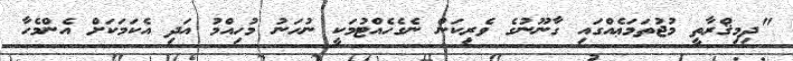
"ދިމިޤްރާތީ މުޖުތަމަޢެއްގައި ގާނޫނުގެ ވެރިކަން ނެގެހެއްޓުމަކީ ނުހަނު މުހިއްމު އަދި އެކަމަކަށް އެންމެހާ